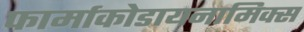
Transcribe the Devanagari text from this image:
फार्माकोडायनामिक्स